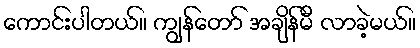
ကောင်းပါတယ်။ ကျွန်တော် အချိန်မီ လာခဲ့မယ်။